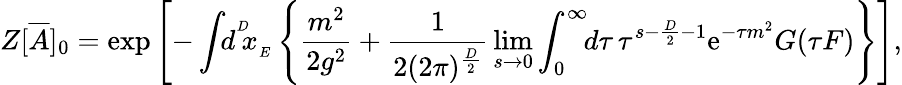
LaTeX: Z[{\overline{{{A}}}}]_{0}=\exp\left[-\int\! \! d^{^{D}}\! \! x_{_{E}}\left\{ {\frac{m^{2}}{2g^{2}}}+{\frac{1}{2(2\pi)^{{\frac{D}{2}}}}}\operatorname*{lim}_{s\rightarrow 0}\int_{0}^{\infty}\! \! d\tau\, \tau^{s-{\frac{D}{2}}-1}{\mathrm{e}}^{-\tau m^{2}}G(\tau F)\right\} \right],